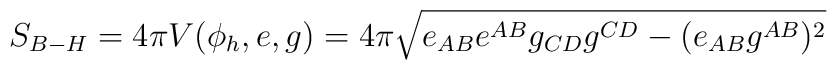
S_{B-H}=4\pi V(\phi_h, e,g)=4\pi\sqrt{e_{AB}e^{AB}g_{CD}g^{CD}- (e_{AB}g^{AB})^2}